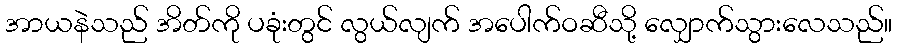
အာယနဲသည် အိတ်ကို ပခုံးတွင် လွယ်လျက် အပေါက်ဝဆီသို့ လျှောက်သွားလေသည်။